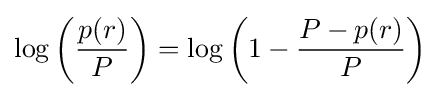
\log \left({\frac {p(r)}{P}}\right)=\log \left(1-{\frac {P-p(r)}{P}}\right)